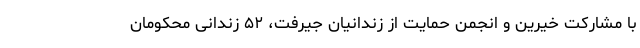
با مشارکت خیرین و انجمن حمایت از زندانیان جیرفت، ۵۲ زندانی محکومان